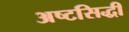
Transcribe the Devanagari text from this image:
अष्टसिद्धी